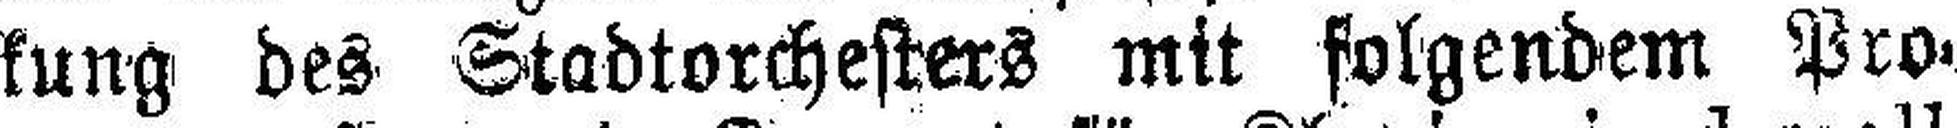
kung des Stadtorchesters mit folgendem Pro¬